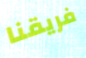
فريقنا